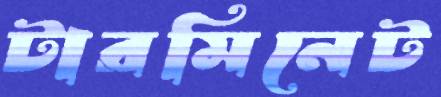
টারমিনেট